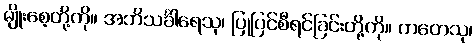
မျိုးစေ့တို့ကို။ အဘိသင်္ခါရေသု၊ ပြုပြင်စီရင်ခြင်းတို့ကို။ ကတေသု၊